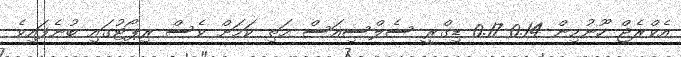
އެވްރެޖް ހޫނުމިން 0.14-0.17 ޑިގްރީ ސެލްސިއަސް މަތި ކަމަށް ވެސް ރިޕޯޓުގައި ބުނެފައިވެ